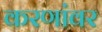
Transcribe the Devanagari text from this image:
करणांवर